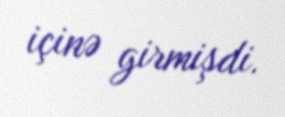
içinə girmişdi.